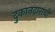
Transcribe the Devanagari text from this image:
दुकानदारांची